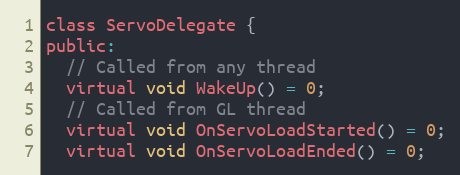
Language: C
class ServoDelegate {
public:
  // Called from any thread
  virtual void WakeUp() = 0;
  // Called from GL thread
  virtual void OnServoLoadStarted() = 0;
  virtual void OnServoLoadEnded() = 0;